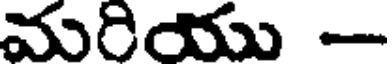
మరియు -